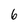
Character: 6